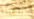
بالجبنة